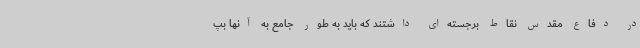
در دفاع مقدس نقاط برجسته‌ای داشتند که باید به طور جامع به آنها بپ